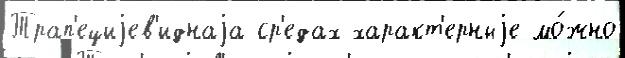
Трап'ециjев'иднаjа ср'едах характ'ерныjе мо́жно